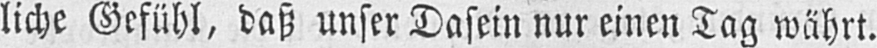
liche Gefühl, daß unser Dasein nur einen Tag währt.